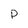
Character: p